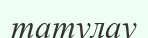
татулау